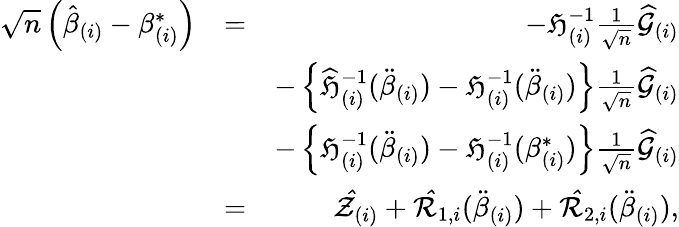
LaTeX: \begin{array}{rlr}{\sqrt{n}\left(\hat{\beta}_{(i)}-\beta_{(i)}^{\ast}\right)}&{=}&{-\mathfrak{H}_{(i)}^{-1}\frac{1}{\sqrt{n}}\widehat{\mathcal{G}}_{(i)}}\\ &{}&{-\left\{ \widehat{\mathfrak{H}}_{(i)}^{-1}(\ddot{\beta}_{(i)})-\mathfrak{H}_{(i)}^{-1}(\ddot{\beta}_{(i)})\right\} \frac{1}{\sqrt{n}}\widehat{\mathcal{G}}_{(i)}}\\ &{}&{-\left\{ \mathfrak{H}_{(i)}^{-1}(\ddot{\beta}_{(i)})-\mathfrak{H}_{(i)}^{-1}(\beta_{(i)}^{\ast})\right\} \frac{1}{\sqrt{n}}\widehat{\mathcal{G}}_{(i)}}\\ &{=}&{\mathcal{\hat{Z}}_{(i)}+\mathcal{\hat{R}}_{1,i}(\ddot{\beta}_{(i)})+\mathcal{\hat{R}}_{2,i}(\ddot{\beta}_{(i)}),}\end{array}